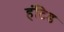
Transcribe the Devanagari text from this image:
हंटिड